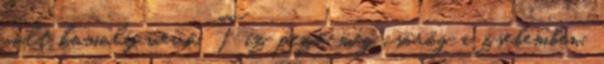
volt komoly vevő. Tíz pezó még csörög a zsebemben,